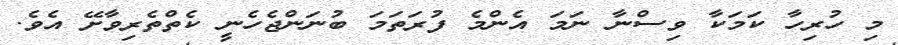
މި ހުރިހާ ކަމަކާ ވިސްނާ ނަމަ އެންމެ ފުރަތަމަ ބުނަންޖެހެނީ ކެތްތެރިވާށޭ އެވެ.